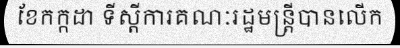
ខែកក្កដា ទីស្តីការគណៈរដ្ឋមន្ត្រីបានលើក